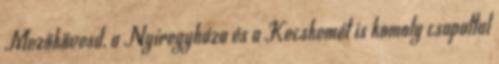
Mezőkövesd, a Nyíregyháza és a Kecskemét is komoly csapattal